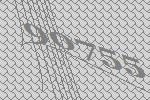
90755